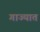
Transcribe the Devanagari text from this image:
गाज्यात